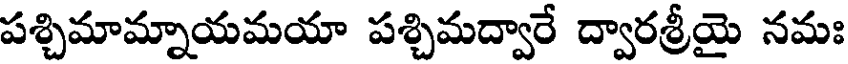
పశ్చిమామ్నాయమయా పశ్చిమద్వారే ద్వారశ్రీయై నమః